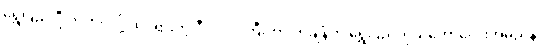
ရွှေပြည် ဦးဘတင်လို့ ထင်ရှားတဲ့ ဒီပုဂ္ဂိုလ်ကြီးဟာ တချိန်က ရွှေပြည်ကိုယ်တော်လေးအမည်နဲ့